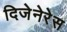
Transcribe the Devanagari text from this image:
दिजेनेरेस